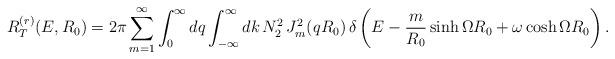
LaTeX: \begin{align*}R_T^{(r)}(E,R_0)=2\pi\sum_{m=1}^{\infty}\int_{0}^{\infty}dq \int_{-\infty}^{\infty}dk\,N_2^2\,J_m^2(qR_0)\, \delta\left(E-\frac{m}{R_0}\sinh\Omega R_0 +\omega\cosh\Omega R_0\right).\end{align*}